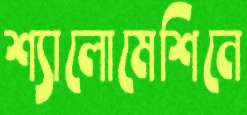
শ্যালোমেশিনে